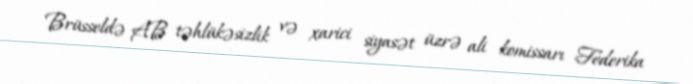
Brüsseldə AB təhlükəsizlik və xarici siyasət üzrə ali komissarı Federika